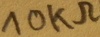
Text: 10KΩ